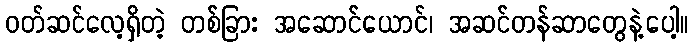
ဝတ်ဆင်လေ့ရှိတဲ့ တစ်ခြား အဆောင်ယောင်၊ အဆင်တန်ဆာတွေနဲ့ပေါ့။